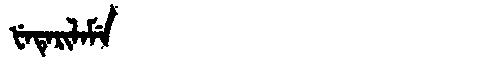
Manchu: ᡶᡝᡨᡝᡵᡳᠯᠠᠮᡝ
Romanization: FETERILAME